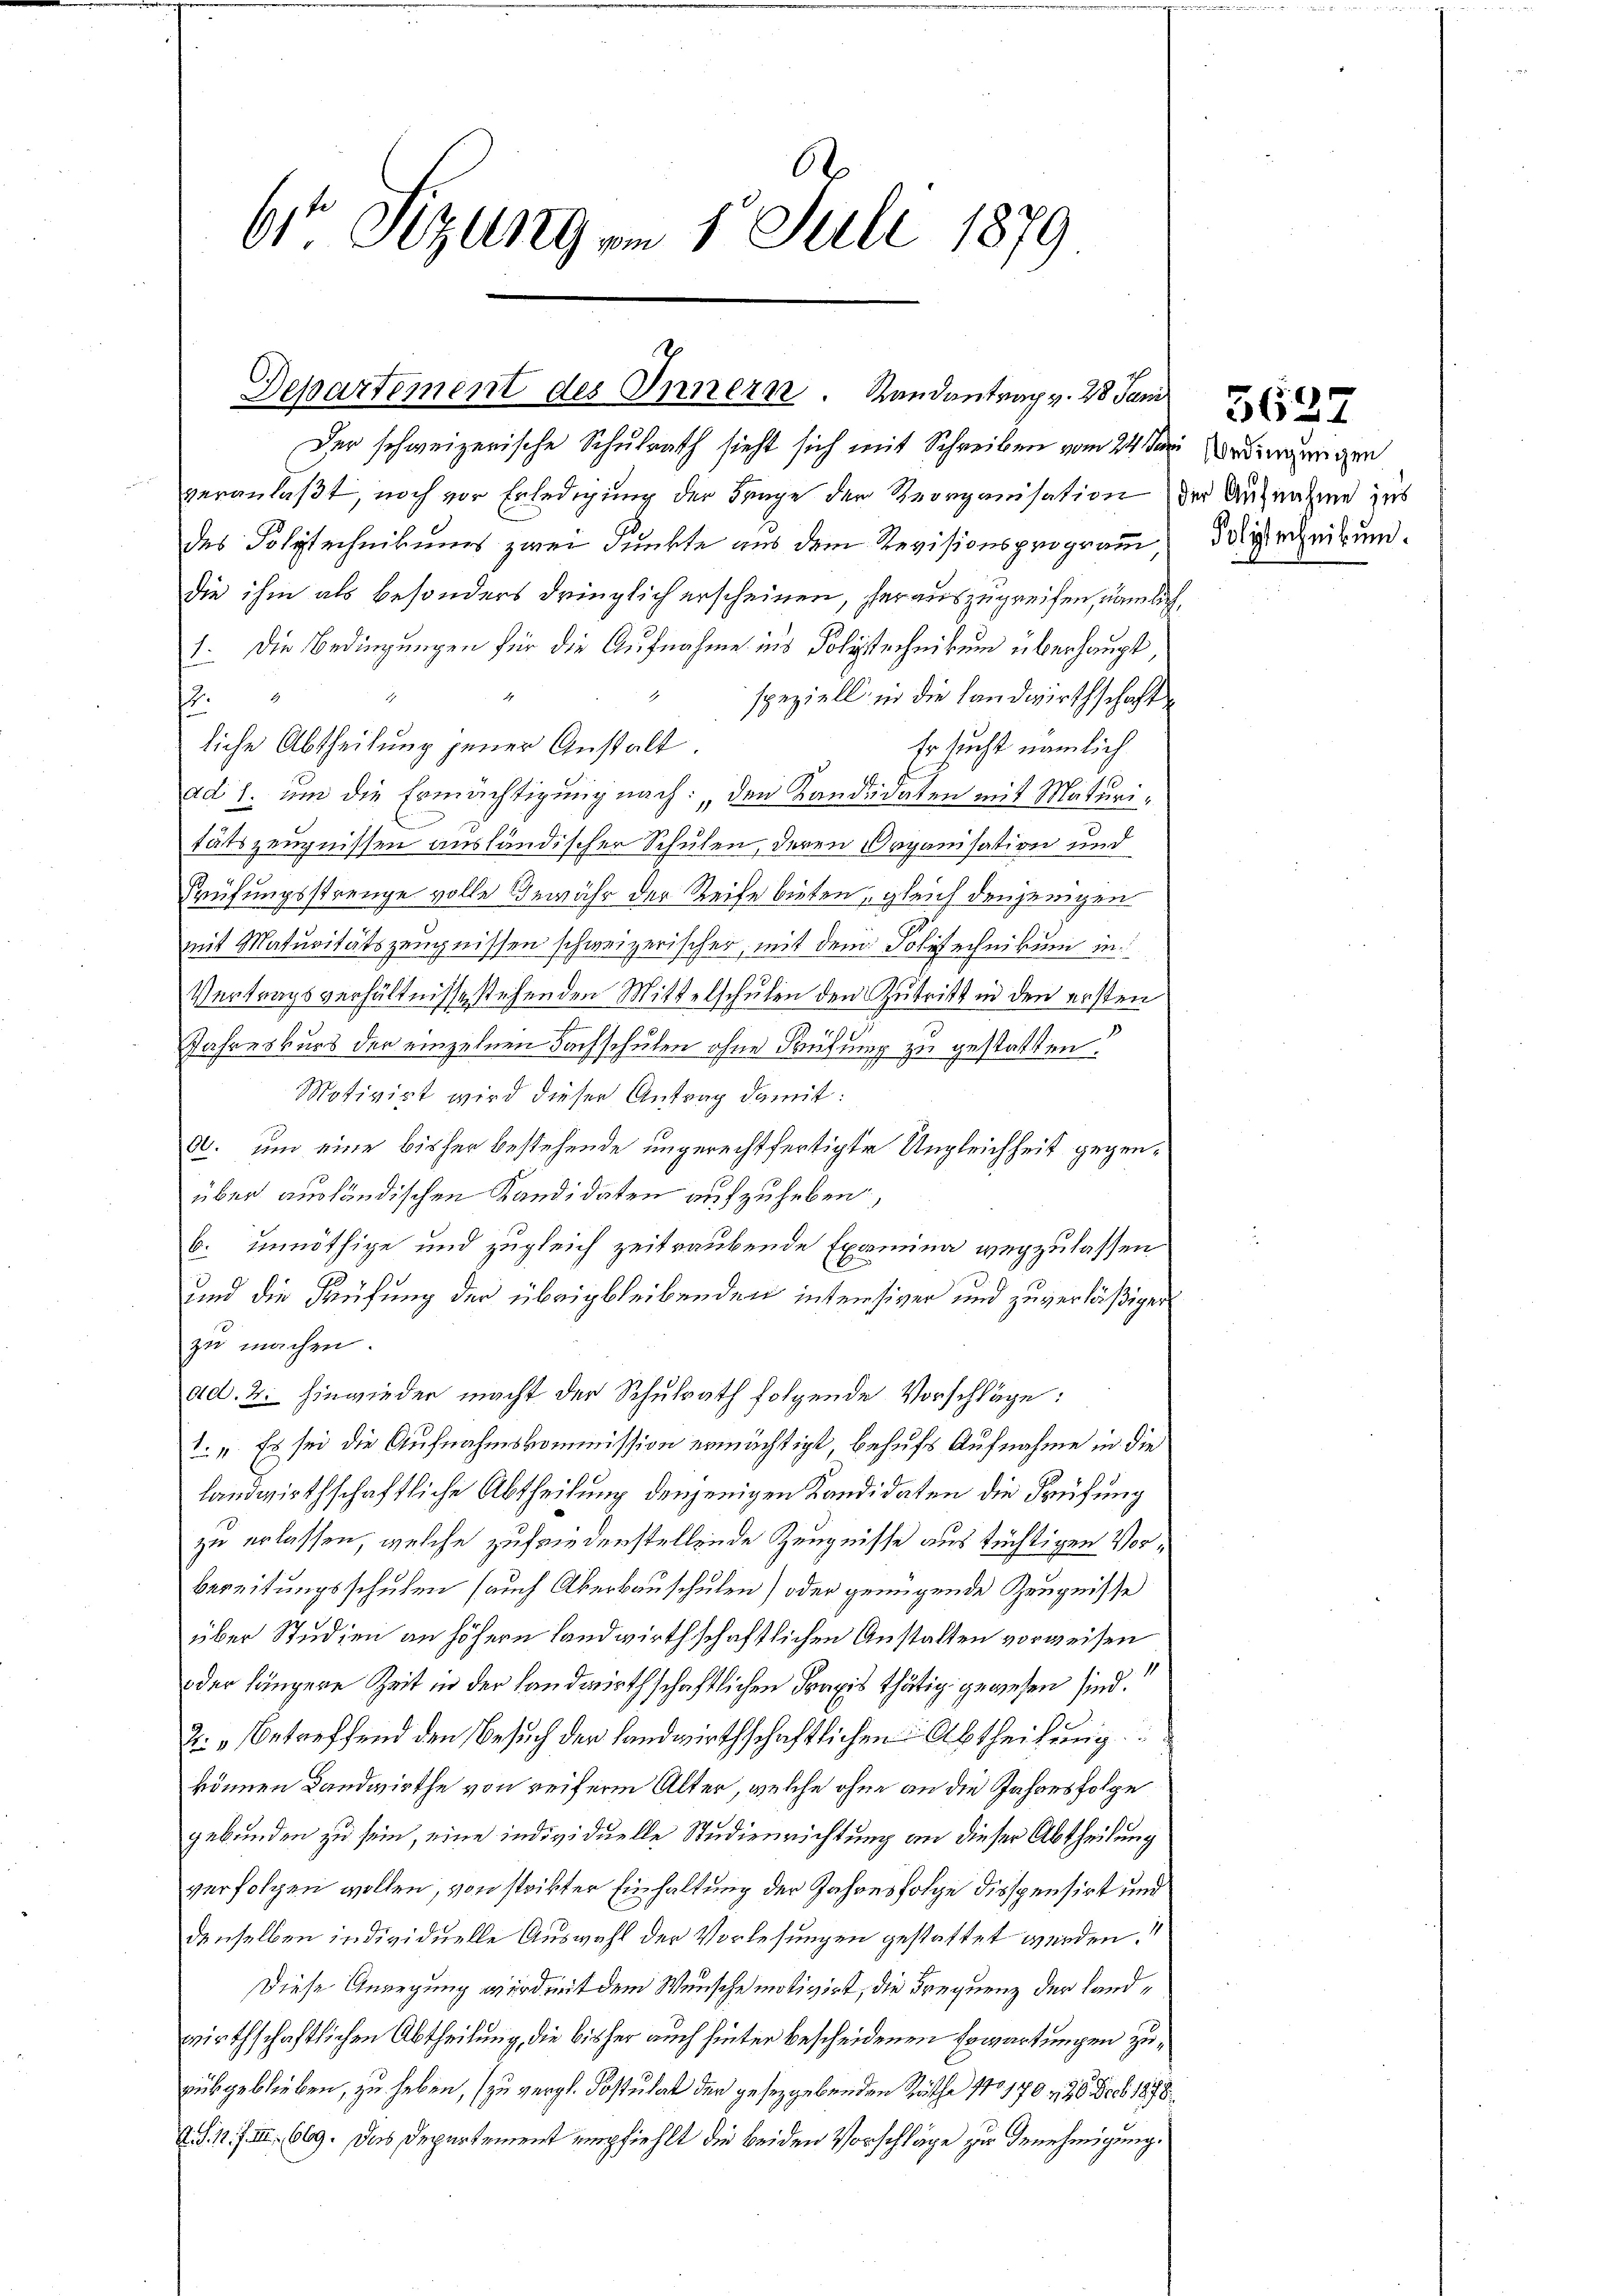
614 Setzung am 1. Juli 1879

Departement des Innern. Randantrag v. 28 Jan.

Der schweizerische Schulrath sieht sich mit Schreiben vom 24 ten worderungen
veranlaßt, noch vor Erledigung der Frage der Reorganisation der Aufnahme zus
des Polytechnikums zwei Punkte aus dem Revisionsprogram
die ihm als besonders dringlich erscheinen, herauszugreifen, nämlich,
1. Die Bedingungen für die Aufnahme ins Polytechnikum überhaupt
" speziell in die Landwirthschaft
E
liche Abtheilung jener Anstalt.
Er sucht nämlich
ad 1. um die Ermächtigung nach: den Kandidaten mit Maturitätszeugnissen ausländischer Schulen, deren Organisation und
80
Prüfungsstrenge volle Bewähr der Reife bieten, gleich denjenigen
mit Maturitätszeugnissen schweizerischer, mit dem Polytechnikum in
Vertragsverhältnisse stehenden Mittelschulen den Zutritt in den ersten
Jahreskurs der einzelnen Fachschulen ohne Hütung zu gestatten?
Motivirt wird dieser Antrag damit:
d. und eine bisher bestehende ungerechtfertigte Ungleichheit gegenüber ausländischen Kandidaten aufzuheben,
b. unnöthige und zugleich zeitraubende Examina wegzulassen
und die Prüfung der übrig bleibenden intensiver und zuverläßigen
zu machen.
ad. 2. hinwieder macht der Schulrath folgende Vorschläge:
1. Es sei die Aufnahmskommission ermächtigt, behufs Aufnahme in die
landwirthschaftliche Abtheilung denjenigen Kandidaten die Prüfung
zu erlassen, welche zufriedenstellende Zeugnisse aus tüchtigen Vorbereitungsschulen (auch Überbauschulen) oder genügende Zeugnisse
über Studien an höhern Landwirthschaftlichen Anstalten vorweisen
oder längere Zeit in der Landwirthschaftlichen Praxis thätig gewesen sind.
2: „Betreffend den Besuch der landwirthschaftlichen Abtheilung
können Landwirthe von reiferm Alter, welche ohne an die Jahresfolge
gebunden zu sein, eine individuelle Studienrichtung an dieser Abtheilung
verfolgen wollen, von steckter Einhaltung der Jahresfolge dispensirt und
denselben individuelle Auswahl der Vorlesungen gestattet werden.
Diese Anregung wird mit dem Wunsche motivirt, die Frequenz der Landwirthschaftlichen Abtheilung, die bisher auch hinter bescheidenen Erwartungen zuaubgeblieben, zu heben, zu vergl. Postulat der gesetzgebenden Räthe No 170 n 26. Feb 1878
d. S. 12 f. III 669. Das Departement empfiehlt die beiden Vorschläge zur Genehmigung.

Polytechnikum.

5627